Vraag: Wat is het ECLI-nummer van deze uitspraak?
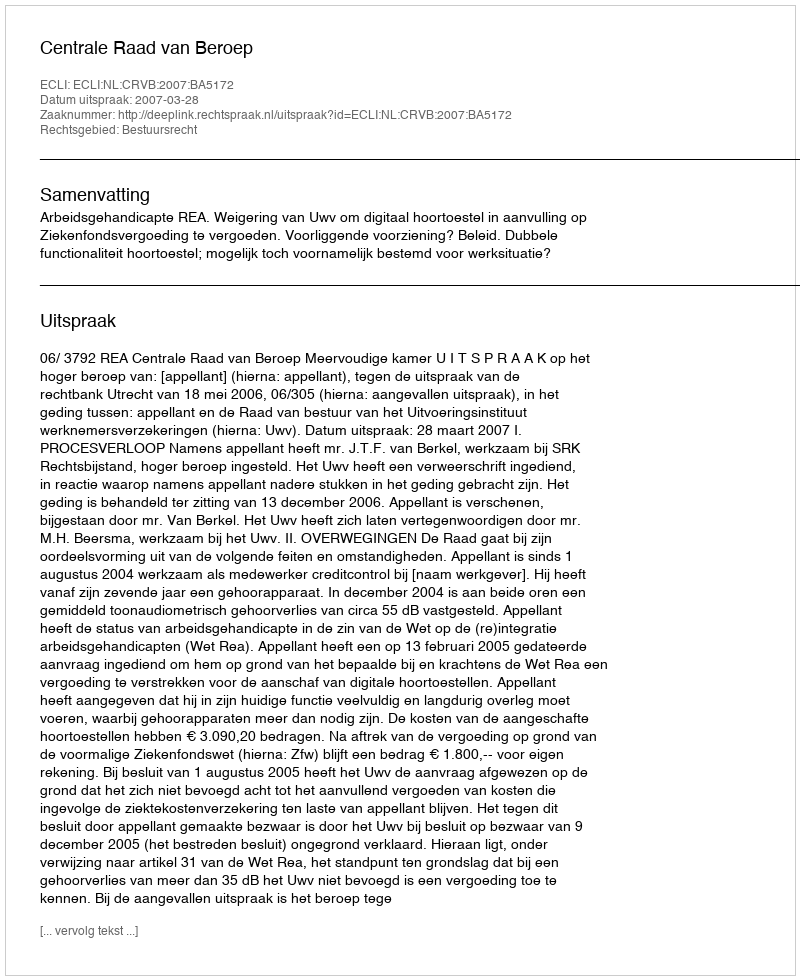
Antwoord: ECLI:NL:CRVB:2007:BA5172